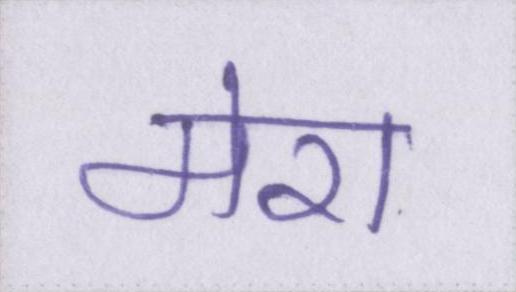
मेरा